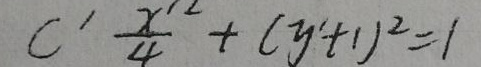
$C'\frac{x'^{2}}{4}+(y'+1)^{2}=1$